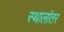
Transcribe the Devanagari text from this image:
स्थालांतर